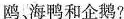
鸥，海鸭和企鹅？